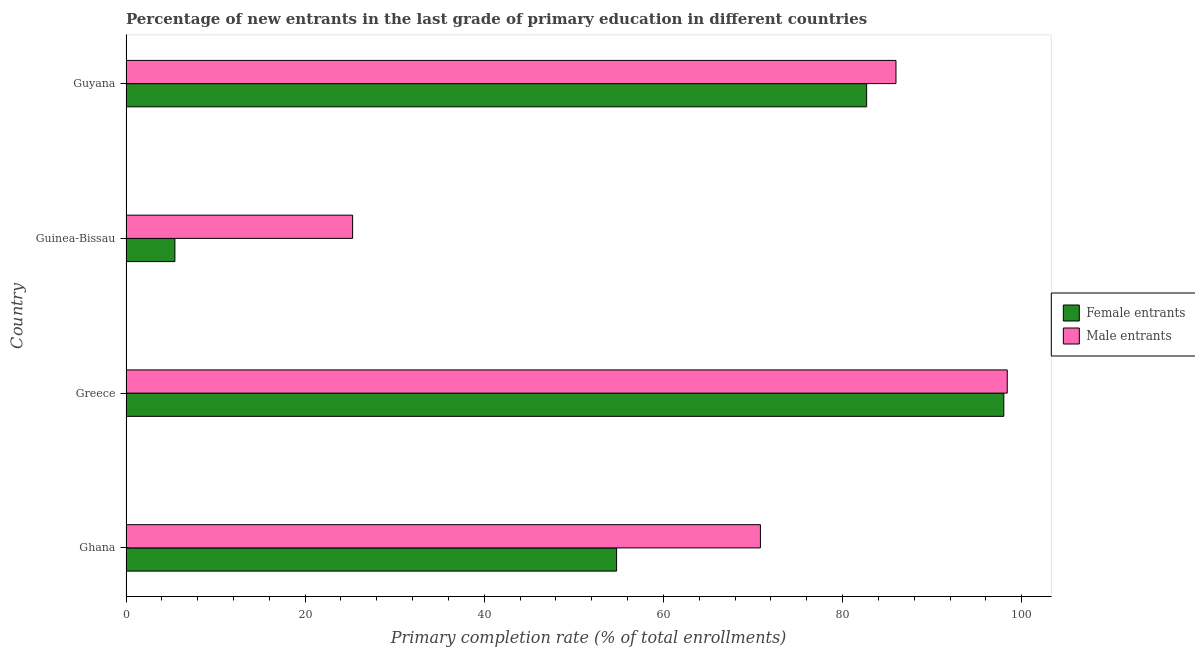
| Country | Female entrants | Male entrants |
 | --- | --- | --- |
 | Ghana | 54.8 | 70.8 |
 | Greece | 98 | 98.4 |
 | Guinea-Bissau | 5.46 | 25.3 |
 | Guyana | 82.7 | 86 |